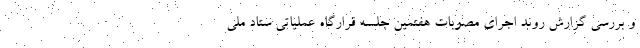
و بررسی گزارش روند اجرای مصوبات هفتمین جلسه قرارگاه عملیاتی ستاد ملی